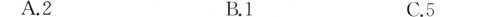
A.2 B.1 C.5